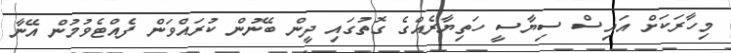
މިހާރަކަށް އައިސް ސިޔާސީ ހަތިޔާރެއްގެ ގޮތުގައި ދީން ބޭނުން ކުރައްވަން ފެއްޓެވުމުން އޭނާ